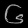
Digit: ၆